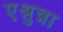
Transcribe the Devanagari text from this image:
एश्नुन्ना